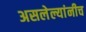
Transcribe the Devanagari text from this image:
असलेल्यांनीच